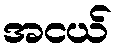
အငယ်